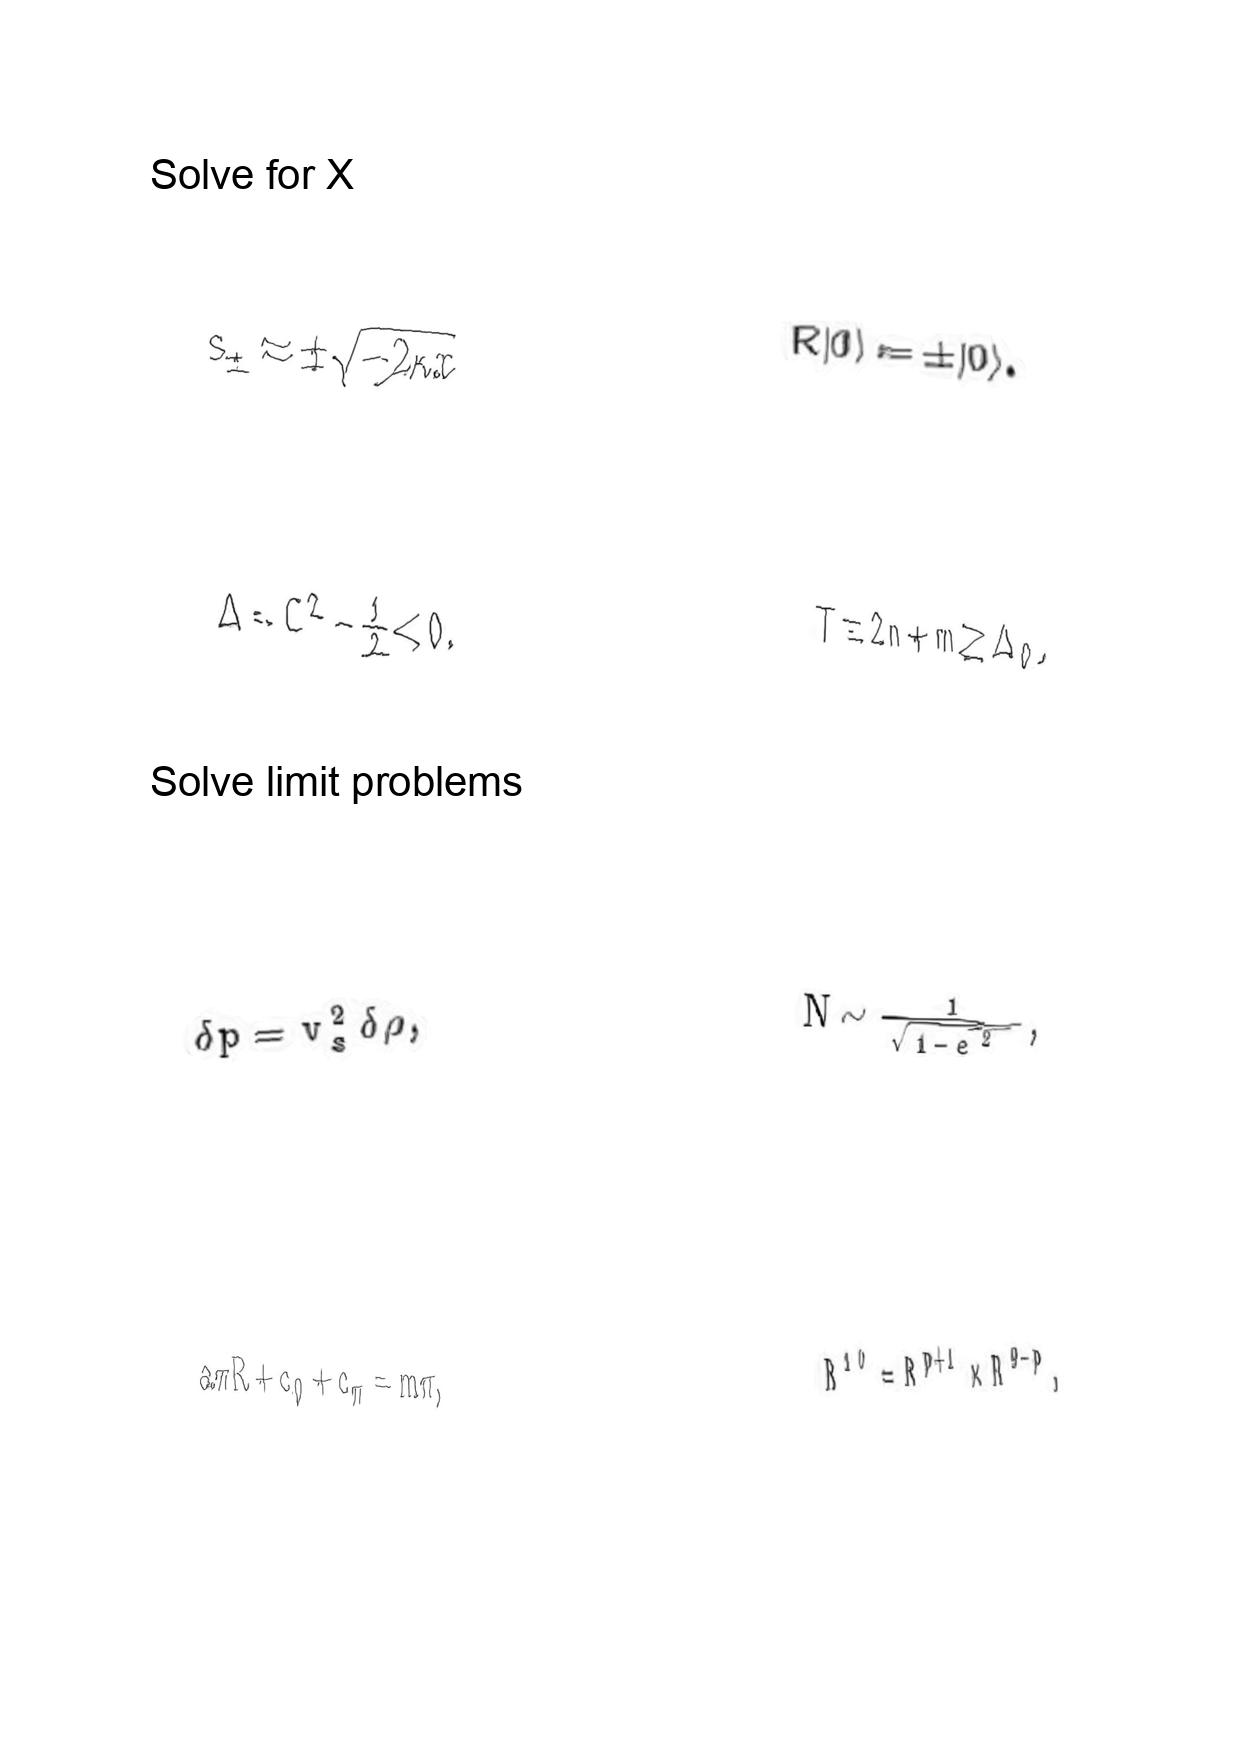
LaTeX transcription:
s _ { \pm } \approx \pm \sqrt { - 2 \kappa x }
\Delta = C ^ { 2 } - \frac { 1 } { 2 } \lt 0 .
\delta p = v _ { s } ^ { 2 } \delta \rho ,
a \pi R + c _ { 0 } + c _ { \pi } = m \pi ,
R \vert 0 \rangle = \pm \vert 0 \rangle .
T \equiv 2 n + m \geq \Delta _ { 0 } .
N \sim \frac { 1 } { \sqrt { 1 - e ^ { 2 } } } ,
R ^ { 1 0 } = R ^ { p + 1 } \times R ^ { 9 - p } ,